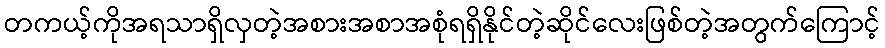
တကယ့်ကိုအရသာရှိလှတဲ့အစားအစာအစုံရရှိနိုင်တဲ့ဆိုင်လေးဖြစ်တဲ့အတွက်ကြောင့်